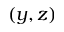
( y , z )